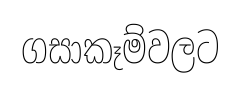
ගසාකෑම්වලට